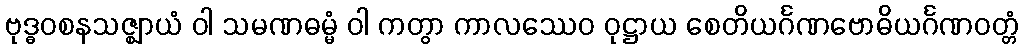
ဗုဒ္ဓဝစနသဇ္ဈာယံ ဝါ သမဏဓမ္မံ ဝါ ကတွာ ကာလဿေဝ ဝုဋ္ဌာယ စေတိယင်္ဂဏဗောဓိယင်္ဂဏဝတ္တံ